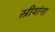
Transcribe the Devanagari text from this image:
स्रीयांना